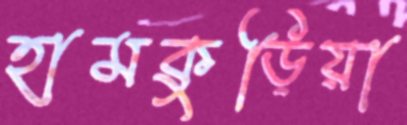
হামকুড়িয়া